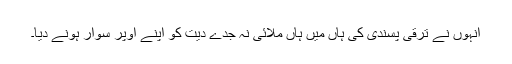
انہوں نے ترقی پسندی کی ہاں میں ہاں ملائی نہ جدے دیت کو اپنے اوپر سوار ہونے دیا۔